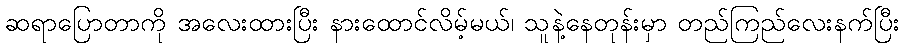
ဆရာပြောတာကို အလေးထားပြီး နားထောင်လိမ့်မယ်၊ သူနဲ့နေတုန်းမှာ တည်ကြည်လေးနက်ပြီး